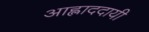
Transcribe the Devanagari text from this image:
आह्लाददायी